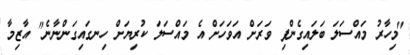
"މިހާރު މައްސަލަ ބަލައިގެންފި ވަރަށް އަވަހަށް އެ މައްސަލަ ކުރިޔަށް ހިނގައިގަންނާނެ" އާޒިމާ